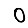
Digit: 0